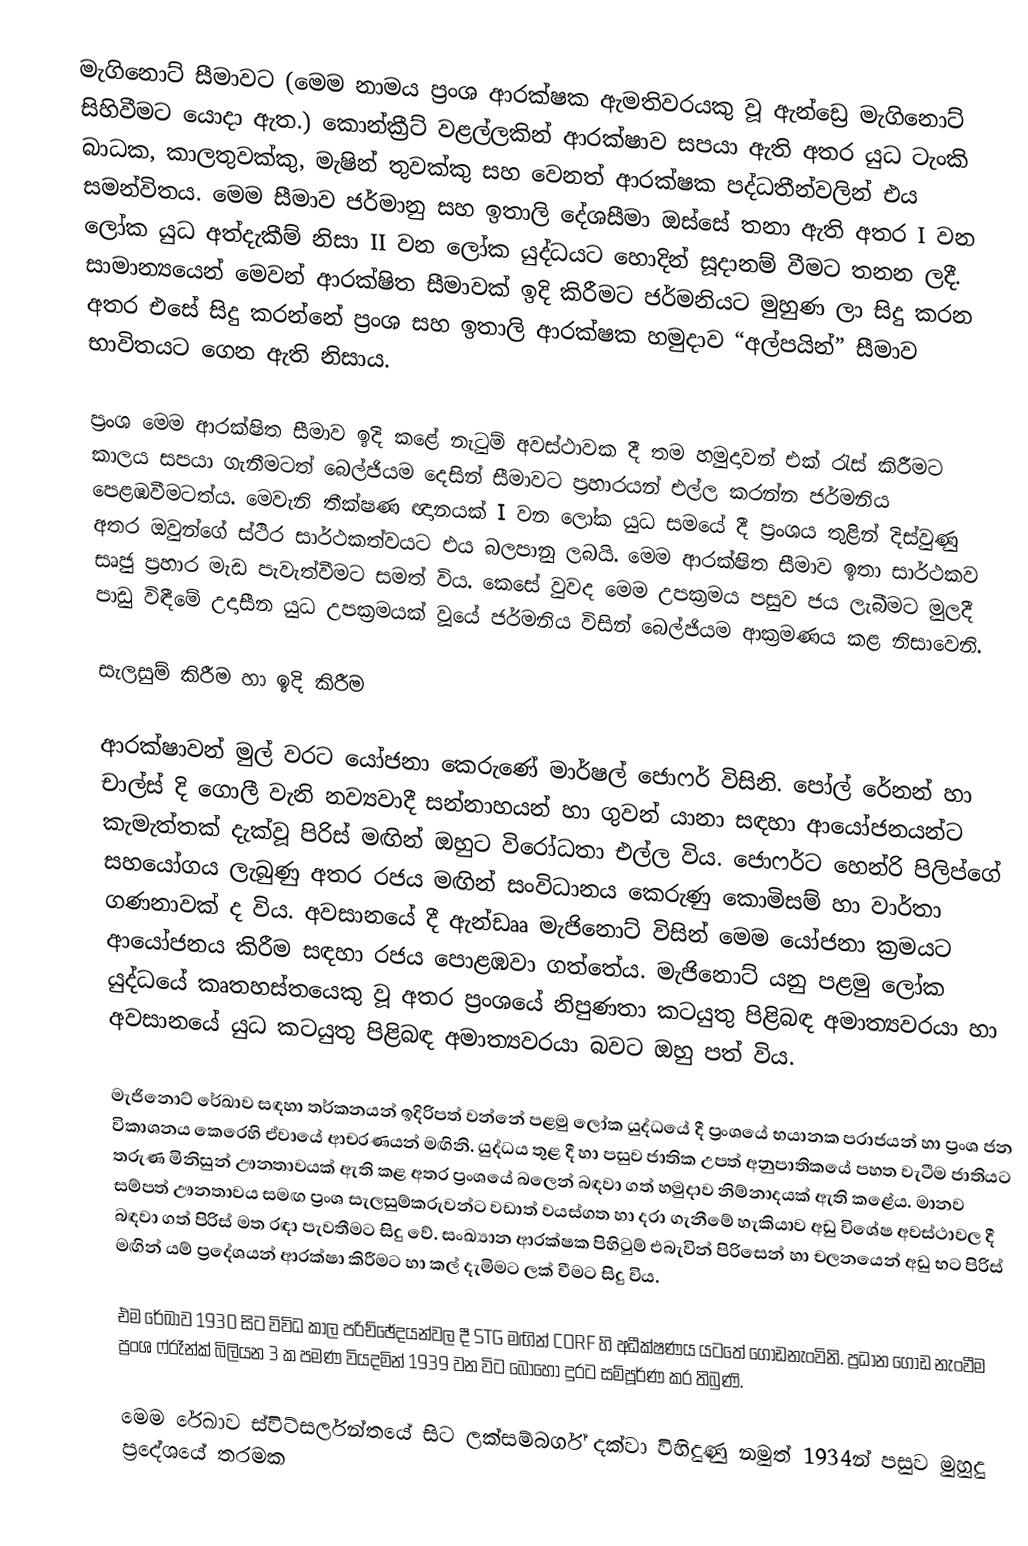
මැගිනොට් සීමාවට (මෙම නාමය ප්‍රංශ ආරක්ෂක ඇමතිවරයකු වූ ඇන්ඩ්‍රෙ මැගිනොට් සිහිවීමට යොදා ඇත.) කොන්ක්‍රීට් වළල්ලකින් ආරක්ෂාව සපයා ඇති අතර යුධ ටැංකි බාධක, කාලතුවක්කු, මැෂින් තුවක්කු සහ වෙනත් ආරක්ෂක පද්ධතීන්වලින් එය සමන්විතය. මෙම සීමාව ජර්මානු සහ ඉතාලි දේශසීමා ඔස්සේ තනා ඇති අතර I වන ලෝක යුධ අත්දැකීම් නිසා II වන ‍ලෝක යුද්ධයට හොදින් සූදානම් වීමට තනන ලදී. සාමාන්‍යයෙන් මෙවන් ආරක්ෂිත සීමාවක් ඉදි කිරීමට ජර්මනියට මුහුණ ලා සිදු කරන අතර එසේ සිදු කරන්නේ ප්‍රංශ සහ ඉතාලි ආරක්ෂක හමුදාව “අල්පයින්” සීමාව භාවිතයට ගෙන ඇති නිසාය.

ප්‍රංශ මෙම ආරක්ෂිත සීමාව ඉදි කළේ නැටුම් අවස්ථාවක දී තම හමුදාවන් එක් රැස් කිරීමට කාලය සපයා ගැනීමටත් බෙල්ජියම දෙසින් සීමාවට ප්‍රහාරයන් එල්ල කරන්න ජර්මනිය පෙළඹවීමටත්ය. මෙවැනි තීක්ෂණ ඥානයක් I වන ලෝක යුධ සමයේ දී ප්‍රංශය තුළින් දිස්වුණු අතර ඔවුන්ගේ ස්ථිර සාර්ථකත්වයට එය බලපානු ලබයි. මෙම ආරක්ෂිත සීමාව ඉතා සාර්ථකව සෘජු ප්‍රහාර මැඩ පැවැත්වීමට සමත් විය. කෙසේ වුවද මෙම උපක්‍රමය පසුව ජය ලැබීමට මුලදී පාඩු විඳීමේ උදාසීන යුධ උපක්‍රමයක් වූයේ ජර්මනි‍ය විසින් බෙල්ජියම ආක්‍රමණය කළ නිසාවෙනි.

සැලසුම් කිරීම හා ඉදි කිරීම

ආරක්ෂාවන් මුල් වරට යෝජනා කෙරුණේ මාර්ෂල් ජොෆර් විසිනි. පෝල් රේනන් හා චාල්ස් දි ගොලී වැනි නව්‍යවාදී සන්නාහයන් හා ගුවන් යානා සඳහා ආයෝජනයන්ට කැමැත්තක් දැක්වූ පිරිස් මඟින් ඔහුට විරෝධතා එල්ල විය. ජොෆර්ට හෙන්රි පිලිප්ගේ සහයෝගය ලැබුණු අතර රජය මඟින් සංවිධානය කෙරුණු කොමිසම් හා වාර්තා ගණනාවක් ද විය. අවසානයේ දී ඇන්‍ඩෲ මැජිනොට් විසින් මෙම යෝජනා ක්‍රමයට ආයෝජනය කිරීම සඳහා රජය පොළඹවා ගත්තේය. මැජිනොට් යනු පළමු ‍ලෝක යුද්ධයේ කෘතහස්තයෙකු වූ අතර ප්‍රංශයේ නිපුණතා කටයුතු පිළිබඳ අමාත්‍යවරයා හා අවසානයේ යුධ කටයුතු පිළිබඳ අමාත්‍යවරයා බවට ඔහු පත් විය.

මැජිනොට් රේඛාව සඳහා තර්කනයන් ඉදිරිපත් වන්නේ පළමු ලෝක යුද්ධයේ දී ප්‍රංශයේ භයානක පරාජයන් හා ප්‍රංශ ජන විකාශනය කෙරෙහි ඒවායේ ආචරණයන් මඟිනි. යුද්ධය තුළ දී හා පසුව ජාතික උපත් අනුපාතිකයේ පහත වැටීම ජාතියට තරුණ මිනිසුන් ඌනතාවයක් ඇති කළ අතර ප්‍රංශයේ බලෙන් බඳවා ගත් හමුදාව නිම්නාදයක් ඇති කළේය. මානව සම්පත් ඌනතාවය සමඟ ප්‍රංශ සැලසුම්කරුවන්ට වඩාත් වයස්ගත හා දරා ගැනීමේ හැකියාව අඩු විශේෂ අවස්ථාවල දී බඳවා ගත් පිරිස් මත රඳා පැවතීමට සිදු වේ. සංඛ්‍යාන ආරක්ෂක පිහිටුම් එබැවින් පිරිසෙන් හා චලනයෙන් අඩු භට පිරිස් මඟින් යම් ප්‍රදේශයන් ආරක්ෂා කිරීමට හා කල් දැමිමට ලක් වීමට සිදු විය.

එම රේඛාව 1930 සිට විවිධ කාල පරිච්ඡේදයන්වල දී STG  මඟින් CORF හි අධීක්ෂණය යටතේ ගොඩනැංවිනි. ප්‍රධාන ගොඩ නැංවීම ප්‍රංශ ෆ්රෑන්ක් බිලියන 3 ක පමණ වියදමින් 1939 වන විට බොහෝ දුරට සම්පූර්ණ කර තිබුණි.

මෙම රේඛාව ස්විට්සර්ලන්තයේ සිට ලක්සම්බර්ග් දක්වා විහිදුණු නමුත් 1934න් පසුව මුහුදු ප්‍රදේශයේ තරමක